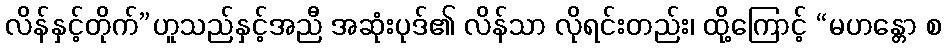
လိန်နှင့်တိုက်”ဟူသည်နှင့်အညီ အဆုံးပုဒ်၏ လိန်သာ လိုရင်းတည်း၊ ထို့ကြောင့် “မဟန္တော စ